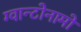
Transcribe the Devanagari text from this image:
ग्वान्टोनामो